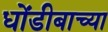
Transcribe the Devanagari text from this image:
धोंडीबाच्या